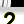
Digit: 2